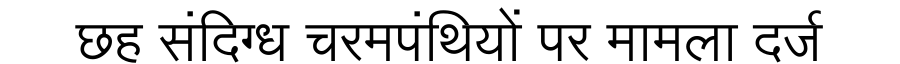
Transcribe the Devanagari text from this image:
छह संदिग्ध चरमपंथियों पर मामला दर्ज